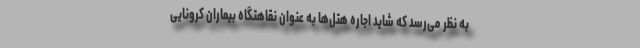
به نظر می‌رسد که شاید اجاره هتل‌ها به عنوان نقاهتگاه بیماران کرونایی